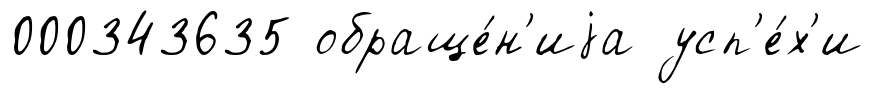
000343635 обраще́н'иjа усп'е́х'и